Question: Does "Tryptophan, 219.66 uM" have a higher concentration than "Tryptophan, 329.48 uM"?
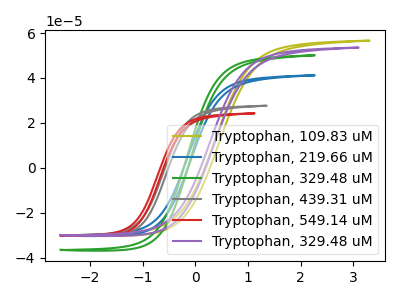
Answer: <think>The olive curve "Tryptophan, 109.83 uM" has no peaks. The blue curve "Tryptophan, 219.66 uM" has no peaks. The green curve "Tryptophan, 329.48 uM" has no peaks. The gray curve "Tryptophan, 439.31 uM" has no peaks. The red curve "Tryptophan, 549.14 uM" has no peaks. The purple curve "Tryptophan, 329.48 uM" has no peaks.
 Neither "Tryptophan, 219.66 uM" or "Tryptophan, 329.48 uM" have any peaks.</think>
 <answer>I cant tell if "Tryptophan, 219.66 uM" or "Tryptophan, 329.48 uM" has higher concentration.</answer>
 <eval>mixed_concentration</eval>